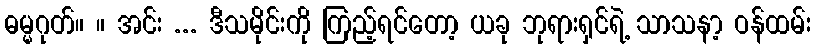
ဓမ္မဂုတ်။ ။ အင်း ... ဒီသမိုင်းကို ကြည့်ရင်တော့ ယခု ဘုရားရှင်ရဲ့ သာသနာ့ ဝန်ထမ်း